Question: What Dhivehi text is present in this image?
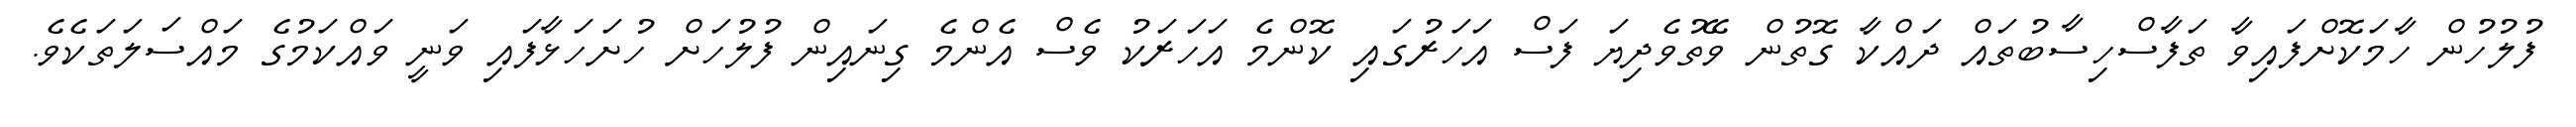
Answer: ފުލުހުން ހާމަކޮށްފައިވާ ތަފާސްހިސާބުތައް ދައްކާ ގޮތުން ވޭތުވެދިޔަ ފަސް އަހަރުގައި ކޮންމެ އަހަރަކު ވެސް އެންމެ ގިނައިން ފުލުހަށް ހުށަހަޅާފައި ވަނީ ވައްކަމުގެ މައްސަލަތަކެވެ.